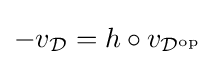
-v_{\mathcal {D}}=h\circ v_{{\mathcal {D}}^{\operatorname {op} }}